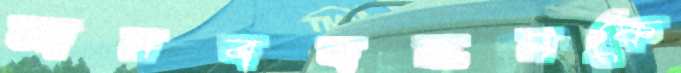
মানববন্ধনকে